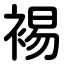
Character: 裼